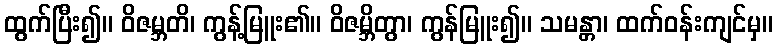
ထွက်ပြီး၍။ ဝိဇမ္ဘတိ၊ ကွန့်မြူး၏။ ဝိဇမ္ဘိတွာ၊ ကွန်မြူး၍။ သမန္တာ၊ ထက်ဝန်းကျင်မှ။